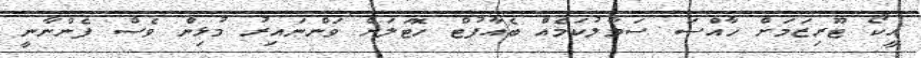
އީކޯ ޓޫރިޒަމަށް ހާއްސަ ސަމާލުކަމެއް ބެއާފުޓް ހޮޓަލަށް ވަންނައިރު މުޅިން ވެސް ފެންނާނީ